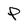
Character: p